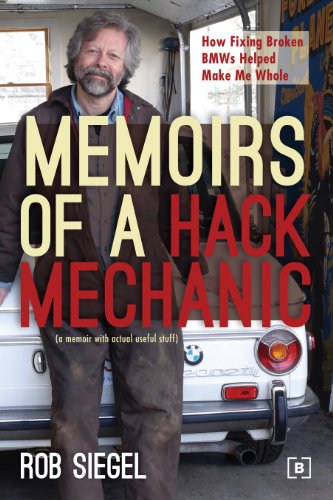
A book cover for Memoirs of a Hack Mechanic; Rob Siegel; Humor & Entertainment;